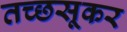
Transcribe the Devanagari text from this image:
तच्छसूकर